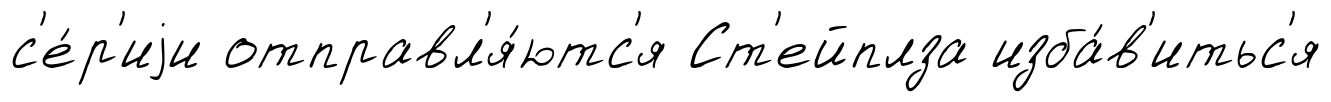
с'е́р'иjи отправл'я́ютс'я Ст'ейплза изба́в'итьс'я